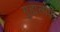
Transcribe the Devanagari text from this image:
गुह्यलोक